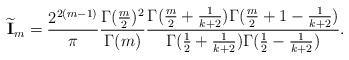
LaTeX: \begin{align*}\widetilde{\mathbf{I}}_m= \frac{2^{2(m-1)} }{\pi} \frac{\Gamma(\frac{m}{2})^2 }{\Gamma(m) }\frac{ \Gamma(\frac{m}{2}+\frac{1}{k+2}) \Gamma(\frac{m}{2}+1-\frac{1}{k+2}) } {\Gamma(\frac{1}{2}+\frac{1}{k+2}) \Gamma(\frac{1}{2}-\frac{1}{k+2})}.\end{align*}